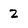
Character: 2